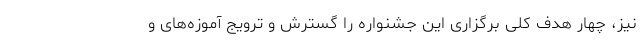
نیز، چهار هدف کلی برگزاری این جشنواره را گسترش و ترویج آموزه‌های و